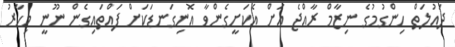
ދައުލަތް ހިންގުމުގެ ނިޒާމް ރާއްޖެ އަށް އެކަށީގެންވާ އޮނިގަނޑަކަށް ފައްތައިގެން ނޫނީ މިހާރު